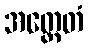
အတ္ထေတံ